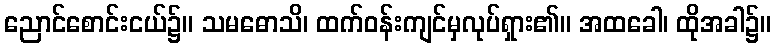
ညောင်စောင်းငယ်၌။ သမဓောသိ၊ ထက်ဝန်းကျင်မှလုပ်ရှား၏။ အထခေါ၊ ထိုအခါ၌။